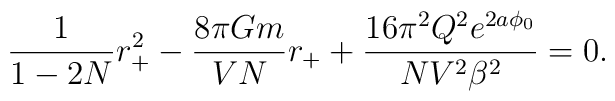
\frac{1}{1-2N}r_+^2 -\frac{8\pi Gm}{VN }r_+ +    \frac{16\pi^2 Q^2 e^{2a\phi_0}}{NV^2 \beta^2}=0.